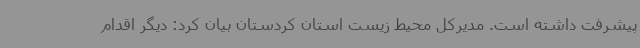
پیشرفت داشته است. مدیرکل محیط زیست استان کردستان بیان کرد: دیگر اقدام